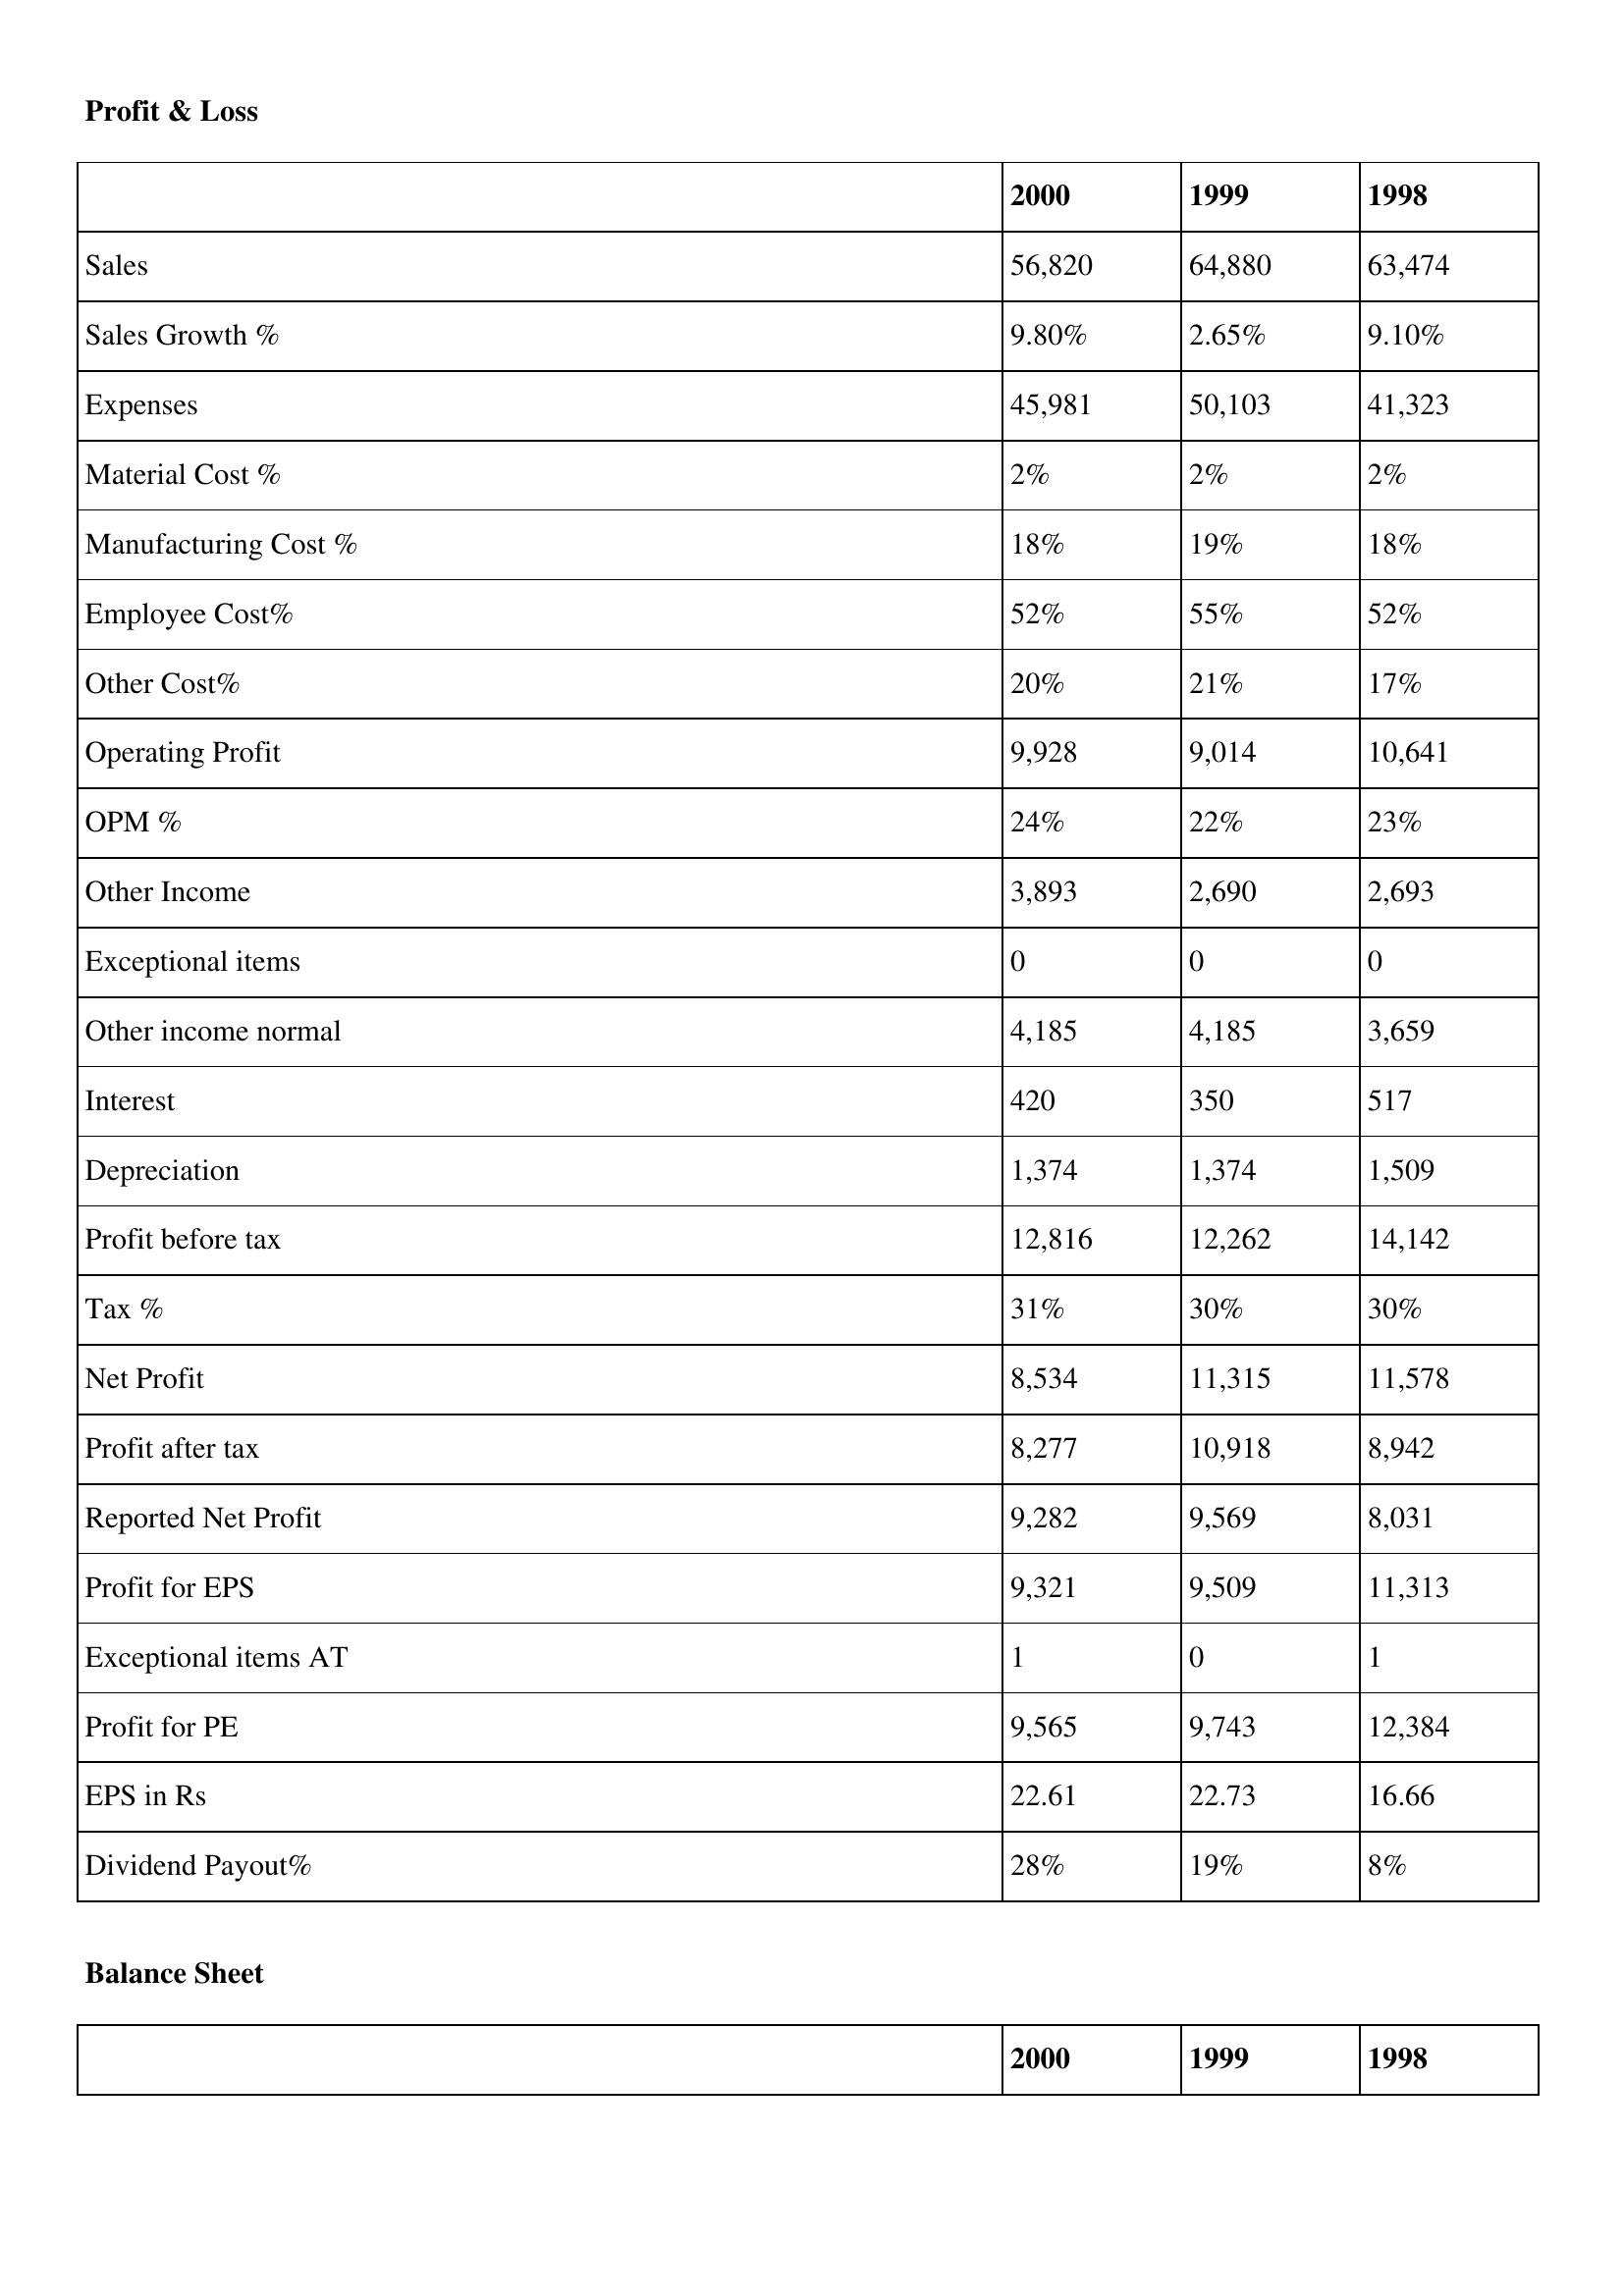
gt_parse: 2000: Profit & Loss: Sales: 56,820
Sales Growth %: 9.80%
Expenses: 45,981
Material Cost %: 2%
Manufacturing Cost %: 18%
Employee Cost%: 52%
Other Cost%: 20%
Operating Profit: 9,928
OPM %: 24%
Other Income: 3,893
Exceptional items: 0
Other income normal: 4,185
Interest: 420
Depreciation: 1,374
Profit before tax: 12,816
Tax %: 31%
Net Profit: 8,534
Profit after tax: 8,277
Reported Net Profit: 9,282
Profit for EPS: 9,321
Exceptional items AT: 1
Profit for PE: 9,565
EPS in Rs: 22.61
Dividend Payout%: 28%
1999: Profit & Loss: Sales: 64,880
Sales Growth %: 2.65%
Expenses: 50,103
Material Cost %: 2%
Manufacturing Cost %: 19%
Employee Cost%: 55%
Other Cost%: 21%
Operating Profit: 9,014
OPM %: 22%
Other Income: 2,690
Exceptional items: 0
Other income normal: 4,185
Interest: 350
Depreciation: 1,374
Profit before tax: 12,262
Tax %: 30%
Net Profit: 11,315
Profit after tax: 10,918
Reported Net Profit: 9,569
Profit for EPS: 9,509
Exceptional items AT: 0
Profit for PE: 9,743
EPS in Rs: 22.73
Dividend Payout%: 19%
1998: Profit & Loss: Sales: 63,474
Sales Growth %: 9.10%
Expenses: 41,323
Material Cost %: 2%
Manufacturing Cost %: 18%
Employee Cost%: 52%
Other Cost%: 17%
Operating Profit: 10,641
OPM %: 23%
Other Income: 2,693
Exceptional items: 0
Other income normal: 3,659
Interest: 517
Depreciation: 1,509
Profit before tax: 14,142
Tax %: 30%
Net Profit: 11,578
Profit after tax: 8,942
Reported Net Profit: 8,031
Profit for EPS: 11,313
Exceptional items AT: 1
Profit for PE: 12,384
EPS in Rs: 16.66
Dividend Payout%: 8%